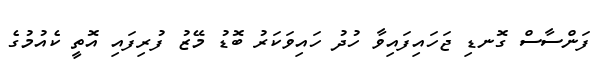
ފަންސާސް ގޮނޑި ޖަހައިފައިވާ ހުދު ހައިވަކަރު ބޮޑު މޭޒު ފުރިފައި އޮތީ ކެއުމުގެ